Indian journal of veterinary science and animal husbandry - Volume 4,
Year: 1934
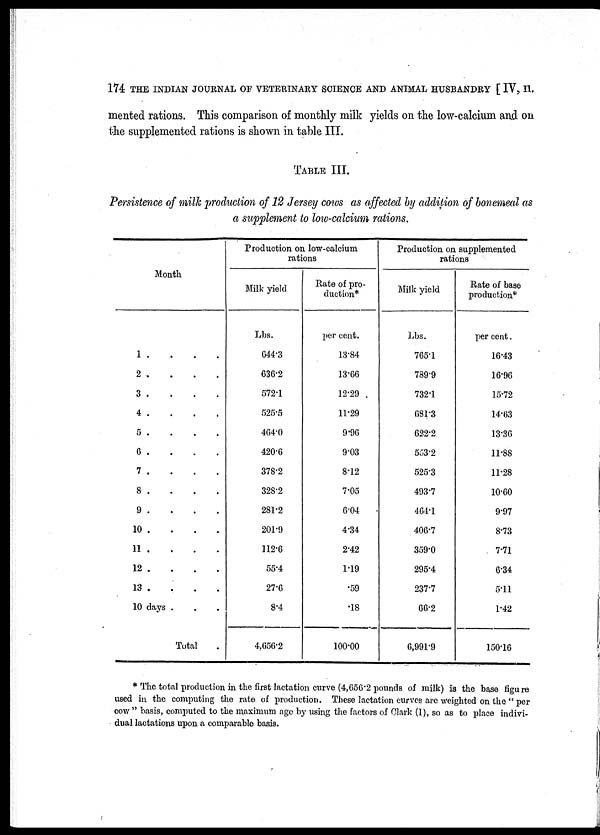
174 THE INDIAN JOURNAL OF VETERINARY SCIENCE AND ANIMAL HUSBANDRY [ IV, II.
mented rations. This comparison of monthly milk yields on the low-calcium and on
the supplemented rations is shown in table III.
TABLE III.
Persistence of milk production of 12 Jersey cows as affected by addition of bonemeal as
a supplement to low-calcium rations.
Month
1 . . . .
2
.
.
.
.
3
.
.
.
.
4 . . . .
5 . . . .
6 . . . .
7 . . . .
8 . . . .
9 . . . .
10 . . . .
11 . . . .
12 . . . .
13 . . . .
10 days . . .
Total .
Production on low-calcium
rations
Milk yield
Lbs.
644.3
636.2
572.1
525.5
464.0
420.6
378.2
328.2
281.2
201.9
112.6
55.4
27.6
8.4
4,656.2
Rate of pro-
duction*
per cent.
13.84
13.66
12.29
11.29
9.96
9.03
8.12
7.05
6.04
4.34
2.42
1.19
.59
.18
100.00
Production on supplemented
rations
Milk yield
Lbs.
765.1
789.9
732.1
681.3
622.2
553.2
525.3
493.7
464.1
406.7
359.0
295.4
237.7
66.2
6,991.9
Rate of base
production*
per cent.
16.43
16.96
15.72
14.63
13.36
11.88
11.28
10.60
9.97
8.73
7.71
6.34
5.11
1.42
150.16
* The total production in the first lactation curve (4,656.2 pounds of milk) is the base figure
used in the computing the rate of production. These lactation curves are weighted on the " per
cow " basis, computed to the maximum age by using the factors of Clark (1), so as to place indivi-
dual lactations upon a comparable basis.